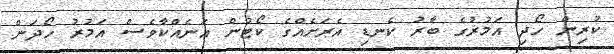
ކުރިން ހޯދި އަމުރުގެ ބާރު ކެނޑި އެރަށެއްގެ ކޯޓުން އަނެއްކާވެސް އަމުރު ހޯދަން